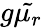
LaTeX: g\tilde{\mu_{r}}